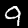
Label: 9